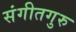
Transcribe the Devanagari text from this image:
संगीतगुरु